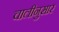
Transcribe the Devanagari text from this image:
चालीनुसार